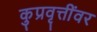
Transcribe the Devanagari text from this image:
कुप्रवृत्तींवर